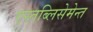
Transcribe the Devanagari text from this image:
एस्तब्लिसेमेन्त